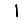
Digit: 1